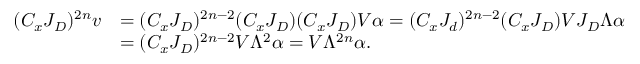
\begin{array} { r l } { ( C _ { x } J _ { D } ) ^ { 2 n } v } & { = ( C _ { x } J _ { D } ) ^ { 2 n - 2 } ( C _ { x } J _ { D } ) ( C _ { x } J _ { D } ) V \alpha = ( C _ { x } J _ { d } ) ^ { 2 n - 2 } ( C _ { x } J _ { D } ) V J _ { D } \Lambda \alpha } \\ & { = ( C _ { x } J _ { D } ) ^ { 2 n - 2 } V \Lambda ^ { 2 } \alpha = V \Lambda ^ { 2 n } \alpha . } \end{array}